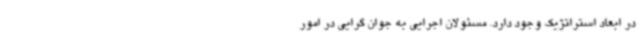
در ابعاد استراتژیک وجود دارد. مسئولان اجرایی به جوان گرایی در امور